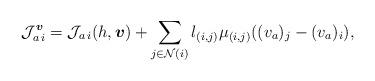
LaTeX: \begin{align*} {\cal J}^{\boldsymbol{v}}_{a\,i}={\cal J}_{a\,i}(h,\boldsymbol{v})+ \displaystyle\sum\limits_{j\in{\cal N}(i)}l_{(i,j)}\mu_{(i,j)} ((v_a)_j- (v_a)_i),\end{align*}